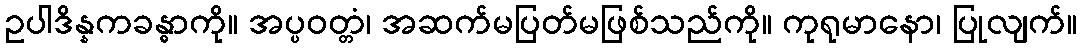
ဥပါဒိန္နကခန္ဓာကို။ အပ္ပဝတ္တံ၊ အဆက်မပြတ်မဖြစ်သည်ကို။ ကုရုမာနော၊ ပြုလျက်။